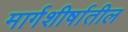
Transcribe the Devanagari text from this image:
मार्गशीर्षातील